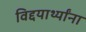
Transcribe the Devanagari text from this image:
विद्दयार्थ्यांना